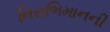
નિરાભિમાનની